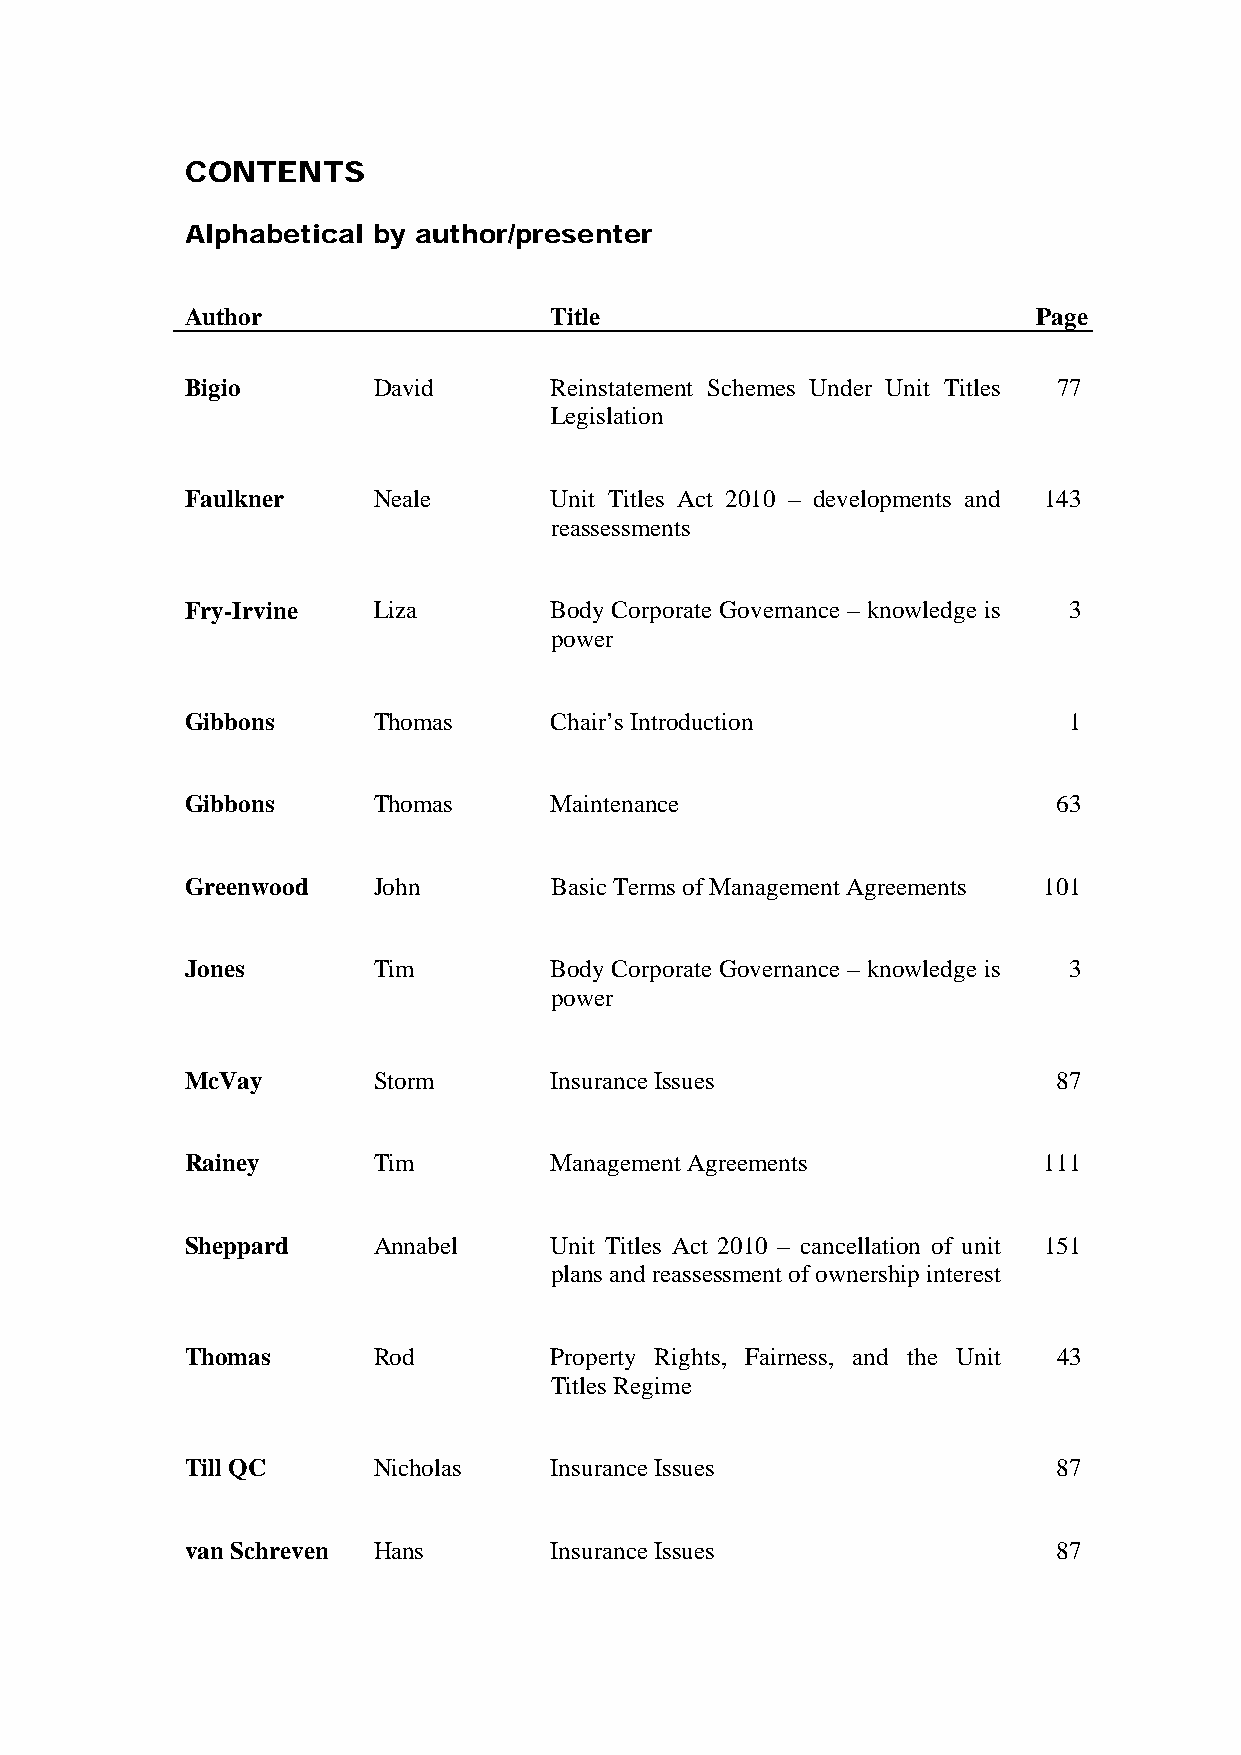
CONTENTS
 Alphabetical by author/presenter
 Author                  Title                            Page
 Bigio        David      Reinstatement Schemes Under Unit Titles 77
 Legislation
 Faulkner     Neale      Unit Titles Act 2010 – developments and 143
 reassessments
 Fry-Irvine   Liza       Body Corporate Governance – knowledge is 3
 power
 Gibbons      Thomas     Chair’s Introduction               1
 Gibbons      Thomas     Maintenance                       63
 Greenwood    John       Basic Terms of Management Agreements 101
 Jones        Tim        Body Corporate Governance – knowledge is 3
 power
 McVay        Storm      Insurance Issues                  87
 Rainey       Tim        Management Agreements            111
 Sheppard     Annabel    Unit Titles Act 2010 – cancellation of unit 151
 plans and reassessment of ownership interest
 Thomas       Rod        Property Rights, Fairness, and the Unit 43
 Titles Regime
 Till QC      Nicholas   Insurance Issues                  87
 van Schreven Hans       Insurance Issues                  87